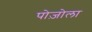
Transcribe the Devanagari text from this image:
पोज़ोला